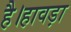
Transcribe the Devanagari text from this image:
है।हावड़ा